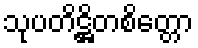
သုပတိဋ္ဌိတစိတ္တော